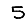
Digit: 5